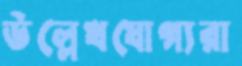
উল্লেখযোগ্যরা